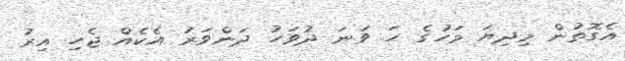
އެގޮތުން މިދިޔަ މަހުގެ ހަ ވަނަ ދުވަހު ދަންވަރު އެކެއް ޖެހި އިރު